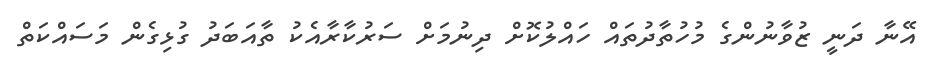
އޭނާ ދަނީ ޒުވާނުންގެ މުހުތާދުތައް ހައްލުކޮށް ދިނުމަށް ސަރުކާރާއެކު ތާއަބަދު ގުޅިގެން މަސައްކަތް